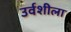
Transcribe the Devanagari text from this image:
उर्वशीला